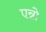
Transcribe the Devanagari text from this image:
एन्नो